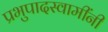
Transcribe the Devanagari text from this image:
प्रभुपादस्वामींनी